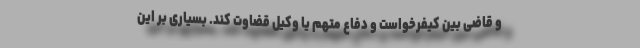
و قاضی بین کیفرخواست و دفاع متهم یا وکیل قضاوت کند. بسیاری بر این